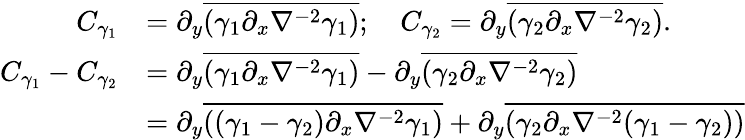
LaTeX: \begin{array}{rl}{C_{\gamma_{1}}}&{=\partial_{y}\overline{{(\gamma_{1}\partial_{x}\nabla^{-2}\gamma_{1})}};\ \ \ \ C_{\gamma_{2}}=\partial_{y}\overline{{({\gamma_{2}}\partial_{x}\nabla^{-2}{\gamma_{2}})}}.}\\ {C_{\gamma_{1}}-C_{\gamma_{2}}}&{=\partial_{y}\overline{{(\gamma_{1}\partial_{x}\nabla^{-2}\gamma_{1})}}-\partial_{y}\overline{{({\gamma_{2}}\partial_{x}\nabla^{-2}{\gamma_{2}})}}}\\ &{=\partial_{y}\overline{{((\gamma_{1}-{\gamma_{2}})\partial_{x}\nabla^{-2}\gamma_{1})}}+\partial_{y}\overline{{({\gamma_{2}}\partial_{x}\nabla^{-2}(\gamma_{1}-{\gamma_{2}}))}}}\end{array}